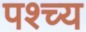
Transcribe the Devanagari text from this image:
पश्च्य